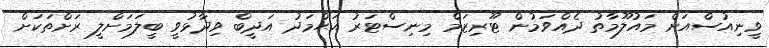
ވީނިއުސްއަށް މައުލޫމާތު ދެއްވަމުން ޓޫރިޒަމް މިނިސްޓަރު އަޙްމަދު އަދީބް ވިދާޅުވީ ބީލަމަށްލީ ރަށްތަކަށް